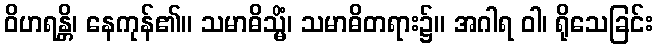
ဝိဟရန္တိ၊ နေကုန်၏။ သမာဓိသ္မိံ၊ သမာဓိတရား၌။ အဂါရ ဝါ၊ ရိုသေခြင်း